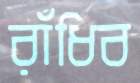
রাঁধিব